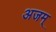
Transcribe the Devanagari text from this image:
अजम्